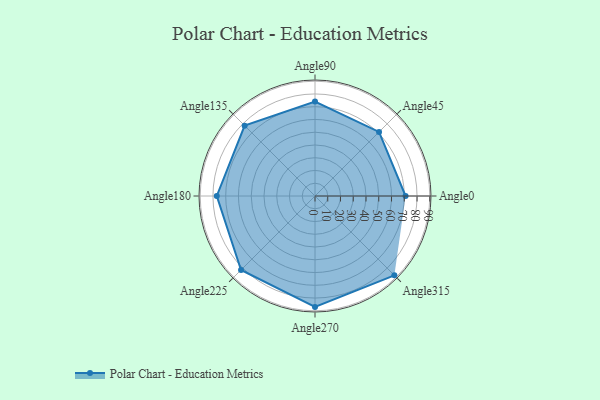
{"axis": {"x": "Angle", "y": "Radius"}, "legend": [""], "data": [{"x": "Angle0", "y": 71.0, "type": ""}, {"x": "Angle45", "y": 71.0, "type": ""}, {"x": "Angle90", "y": 74.0, "type": ""}, {"x": "Angle135", "y": 78.0, "type": ""}, {"x": "Angle180", "y": 77.0, "type": ""}, {"x": "Angle225", "y": 82.0, "type": ""}, {"x": "Angle270", "y": 87.0, "type": ""}, {"x": "Angle315", "y": 88.0, "type": ""}]}